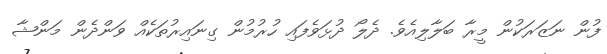
ފުން ނަޒަރަކުން މީރާ ބަލާލިއެވެ. ދެލޯ ދުޅަވެފައި ހުރުމުން ގިނައިރުތަކެއް ވަންދެން މަންޝާ